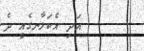
އަދި އެކަލާނގެއީ ދެ